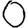
Digit: 0